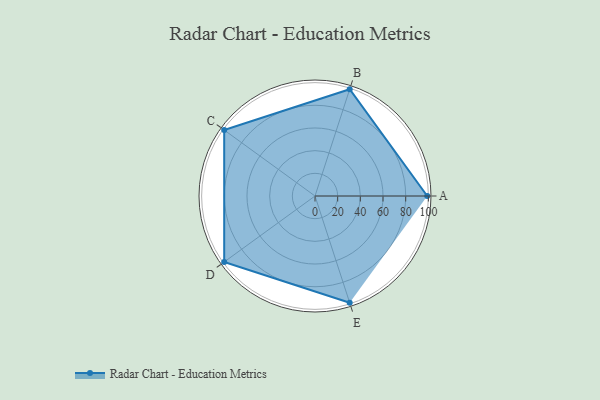
{"axis": {"x": "Skill", "y": "Score"}, "legend": ["Profile"], "data": [{"x": "A", "y": 99, "type": "Profile"}, {"x": "B", "y": 99, "type": "Profile"}, {"x": "C", "y": 99, "type": "Profile"}, {"x": "D", "y": 99, "type": "Profile"}, {"x": "E", "y": 99, "type": "Profile"}]}